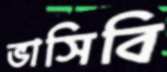
ভাসিবি